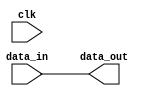
module io_buffer (
    input wire clk,
    input wire [7:0] data_in,
    output reg [7:0] data_out
);

assign data_out = data_in;

endmodule